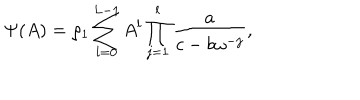
\Psi ( A ) = \rho _ { 1 } \sum _ { l = 0 } ^ { L - 1 } A ^ { l } \prod _ { j = 1 } ^ { l } \frac { a } { c - b \omega ^ { - j } } , ~ ~ ~